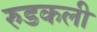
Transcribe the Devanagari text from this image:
रुडकली